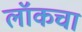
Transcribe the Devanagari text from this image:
लॉकचा